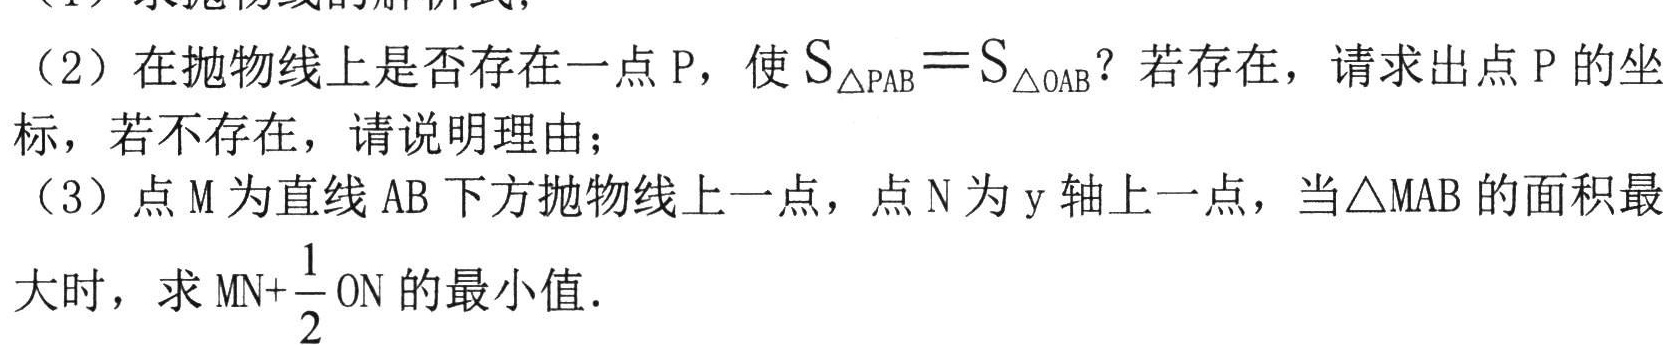
（1）求抛物线的解析式；
（2）在抛物线上是否存在一点 \(P\)，使 \(S_{\triangle PAB}=S_{\triangle OAB}\)？若存在，请求出点 \(P\) 的坐标，若不存在，请说明理由；
（3）点 \(M\) 为直线 \(AB\) 下方抛物线上一点，点 \(N\) 为 \(y\) 轴上一点，当\(\triangle MAB\) 的面积最大时，求 \(MN + \frac{1}{2}ON\) 的最小值．